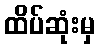
ထိပ်ဆုံးမှ